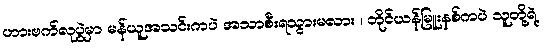
ဟားဗက်လုပွဲမှာ မန်ယူအသင်းကပဲ အသာစီးရသွားမလား ၊ ဘိုင်ယန်မြူးနစ်ကပဲ သူတို့ရဲ့